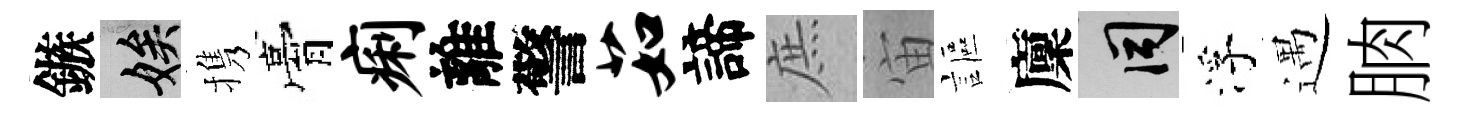
鏃娭携膏痢離警茹諦庶宙謳廩间浮遇朒